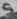
Text: 5